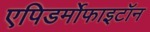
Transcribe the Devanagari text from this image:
एपिडर्मोफाइटॉन